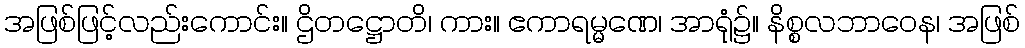
အဖြစ်ဖြင့်လည်းကောင်း။ ဌိတဋ္ဌောတိ၊ ကား။ ဧကာရမ္မဏေ၊ အာရုံ၌။ နိစ္စလဘာဝေန၊ အဖြစ်